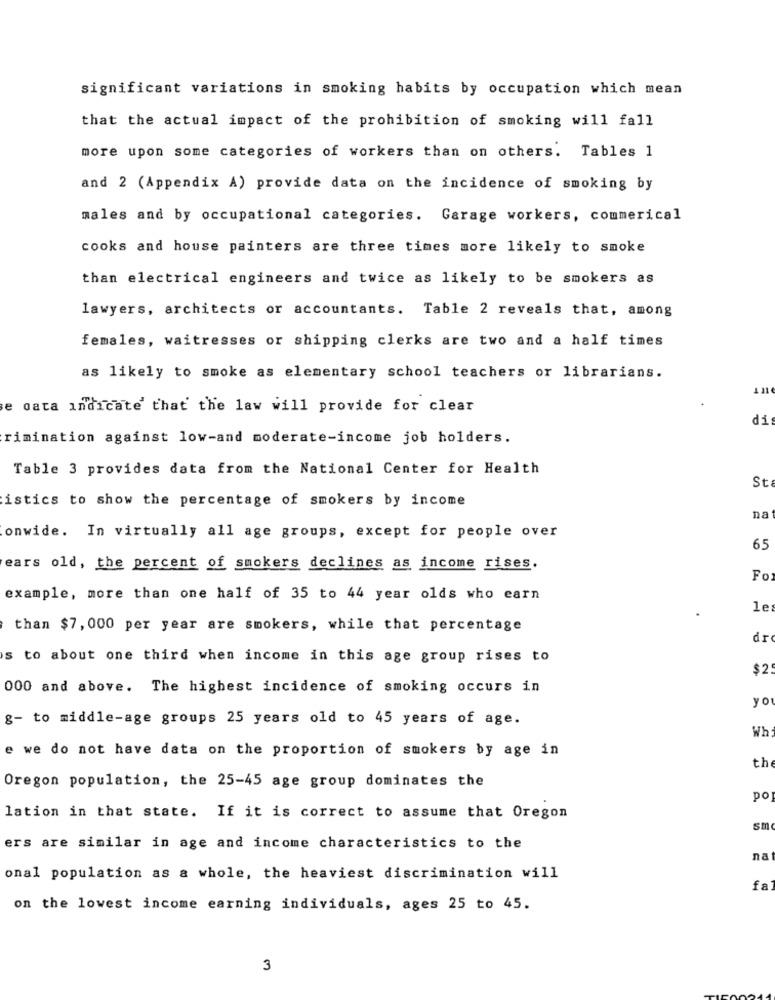
significant variations in smoking habits by occupation which mean
that the actual impact of the prohibition of smoking will fall
more upon some categories of workers than on others. Tables 1
and 2 (Appendix A) provide data on the incidence of smoking by
males and by occupational categories. Garage workers, commerical
cooks and house painters are three times more likely to smoke
than electrical engineers and twice as likely to be smokers as
lawyers, architects or accountants. Table 2 reveals that, among
females, waitresses or shipping clerks are two and a half times
as likely to smoke as elementary school teachers or librarians.
e data indicate that the law will provide for clear
di
rimination against low-and moderate-income job holders.
Table 3 provides data from the National Center for Health
St
istics to show the percentage of smokers by income
na
onwide. In virtually all age groups, except for people over
65
ears old, the percent of smokers declines as income rises.
Fo
example, more than one half of 35 to 44 year olds who earn
le
than $7, 000 per year are smokers, while that percentage
dr
s to about one third when income in this age group rises to
$2.
000 and above. The highest incidence of smoking occurs in
yo
g- to middle-age groups 25 years old to 45 years of age.
Wh
e we do not have data on the proportion of smokers by age in
the
Oregon population, the 25-45 age group dominates the
po
lation in that state. If it is correct to assume that Oregon
sm
ers are similar in age and income characteristics to the
na
onal population as a whole, the heaviest discrimination will
fa
on the lowest income earning individuals, ages 25 to 45.
3